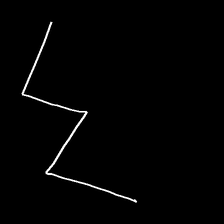
Glyph: crush